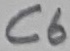
Text: C6